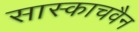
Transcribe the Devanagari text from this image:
सास्काचवैन